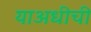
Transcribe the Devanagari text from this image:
याअधीची